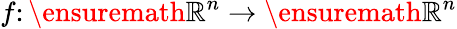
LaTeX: f\colon\ensuremath{\mathbb{R}}^{n}\to\ensuremath{\mathbb{R}}^{n}